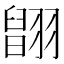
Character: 𦑹